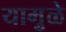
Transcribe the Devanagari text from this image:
यामु़ळे